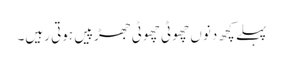
پہلے کچھ دنوں چھوٹی چھوٹی جھڑپیں ہوتی رہیں۔